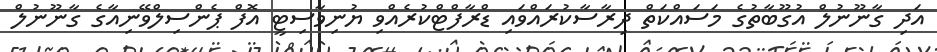
އަދި ގާނޫނުލް އުގޫބާތުގެ މަސައްކަތް ދިރާސާކުރައްވައި ޑްރާފްޓްކުރެއްވި ޔުނިވާސިޓީ އޮފް ޕެންސިލްވޭނިއާގެ ގާނޫނުލް